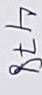
478